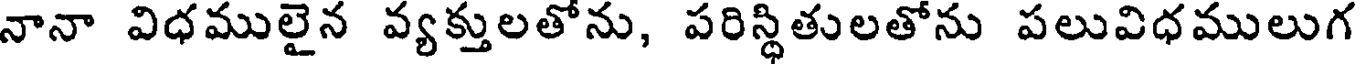
నానా విధములైన వ్యక్తులతోను, పరిస్థితులతోను పలువిధములుగ